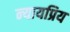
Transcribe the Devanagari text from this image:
न्‍यायप्रिय